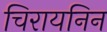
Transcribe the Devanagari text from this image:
चिरायनिन